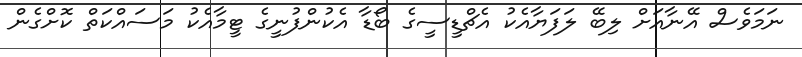
ނަމަވެސް އޭނާއަށް ލިބޭ ލަފަޔާއެކު އެޗްޑީސީގެ ބޯޑާ އެކުންފުނީގެ ޓީމާއެކު މަސައްކަތް ކޮށްގެން